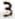
3